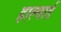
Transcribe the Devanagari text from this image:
हाल्वार्ड